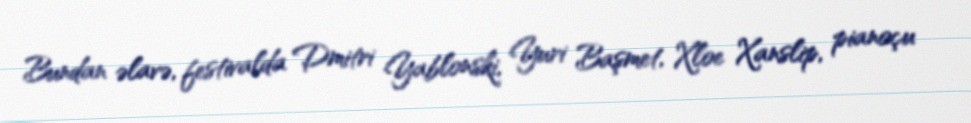
Bundan əlavə, festivalda Dmitri Yablonski, Yuri Başmet, Xloe Xanslip, pianoçu